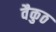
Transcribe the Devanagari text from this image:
वैकुठ